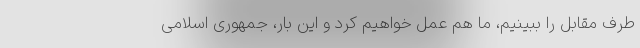
طرف مقابل را ببینیم، ما هم عمل خواهیم کرد و این بار، جمهوری اسلامی